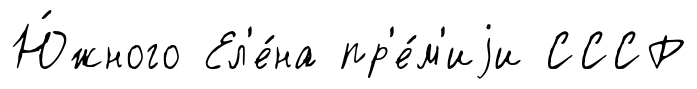
Ю́жного Ел'е́на пр'е́м'иjи СССР